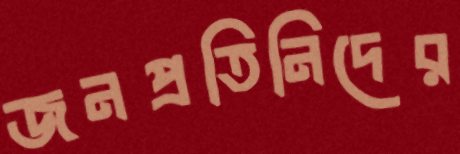
জনপ্রতিনিদের